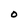
Character: O